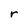
Character: r